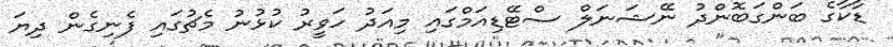
ޑާކާގެ ބަންގަބޮންދު ނޭޝަނަލް ސްޓޭޑިއަމްގައި މިއަދު ހަވީރު ކުޅުނު މެޗުގައި ފެނިގެން ދިޔަ